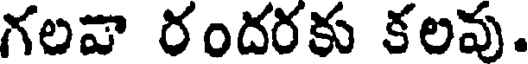
గలవా రందరకు కలవు.